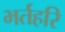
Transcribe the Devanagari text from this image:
भर्तहरि